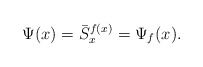
\begin{align*}\Psi(x)=\bar{S}^{f(x)}_{x} =\Psi_{f}(x).\end{align*}